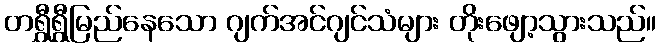
တရွှီရွှီမြည်နေသော ဂျက်အင်ဂျင်သံများ တိုးဖျော့သွားသည်။